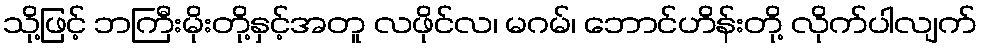
သို့ဖြင့် ဘကြီးမိုးတို့နှင့်အတူ လဖိုင်လ၊ မဂမ်၊ ဘောင်ဟိန်းတို့ လိုက်ပါလျက်